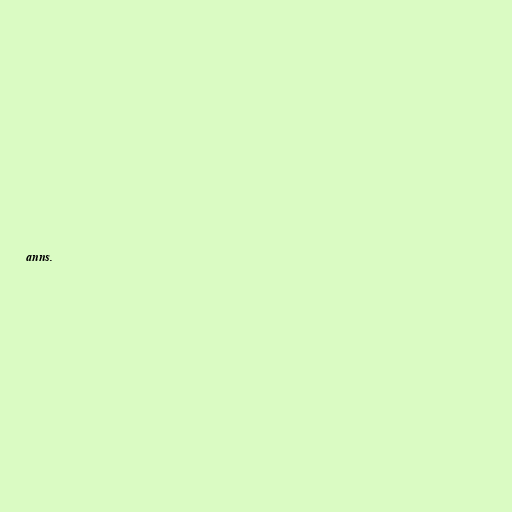
anns.